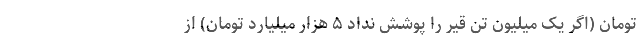
تومان (اگر یک میلیون تن قیر را پوشش نداد ۵ هزار میلیارد تومان) از